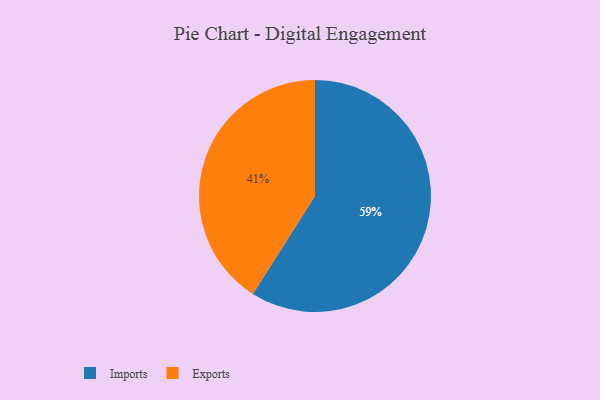
{"axis": {"x": "Category", "y": "Percentage"}, "legend": ["Exports", "Imports"], "data": [{"x": "Exports", "y": 41, "type": "Exports"}, {"x": "Imports", "y": 59, "type": "Imports"}]}